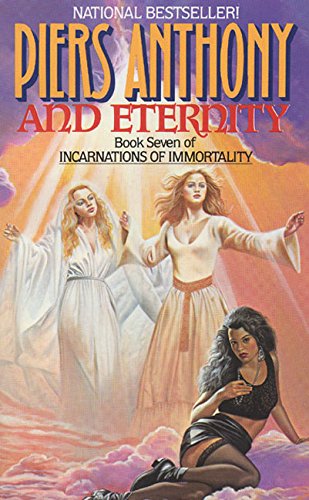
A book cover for And Eternity (Book Seven of Incarnations of Immortality); Piers Anthony; Literature & Fiction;